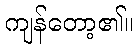
ကျန်တော့၏။